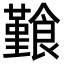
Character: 𩞎